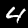
Digit: 4